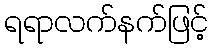
ရရာလက်နက်ဖြင့်